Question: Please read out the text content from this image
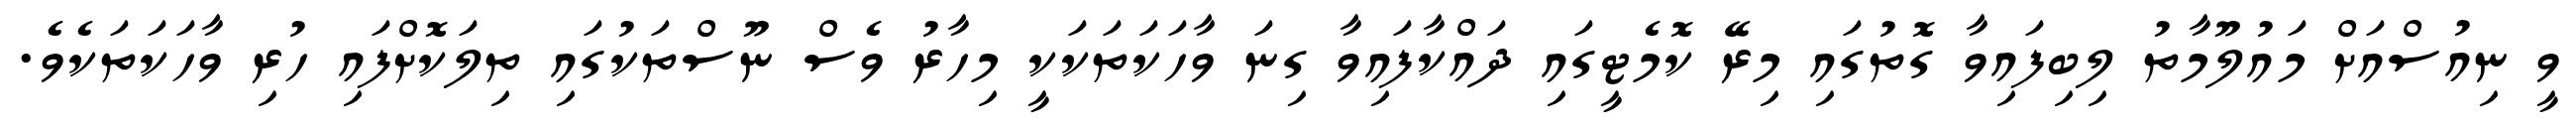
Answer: ވީ ނިއުސްއަށް މައުލޫމާތު ލިބިފައިވާ ގޮތުގައި މިރޭ ކޮމެޓީގައި ދައްކާފައިވާ ގިނަ ވާހަކަތަކަކީ މިހާރު ވެސް ނޫސްތަކުގައި ތިލަކޮށްފައި ހުރި ވާހަކަތަކެވެ.